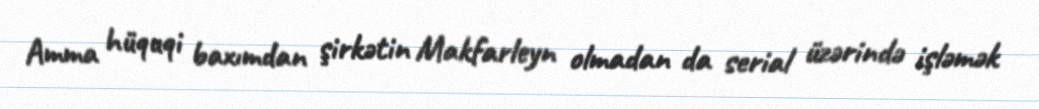
Amma hüquqi baxımdan şirkətin Makfarleyn olmadan da serial üzərində işləmək